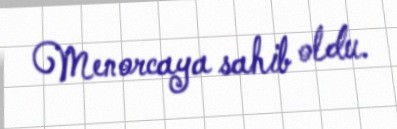
Menorcaya sahib oldu.